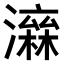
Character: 𤀮